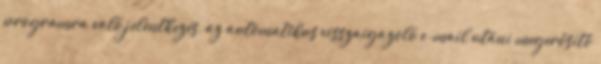
programra való jelentkezés, az automatikus visszaigazoló e-mail utáni megerősítő